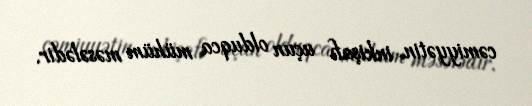
cəmiyyətin inkişafı uçun olduqca mühüm məsələdir.